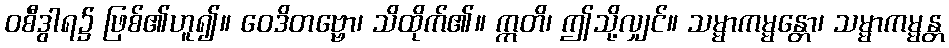
ဝစီဒွါရ၌ ဖြစ်၏ဟူ၍။ ဝေဒိတဗ္ဗော၊ သိထိုက်၏။ ဣတိ၊ ဤသို့လျှင်။ သမ္မာကမ္မန္တော၊ သမ္မာကမ္မန္တ